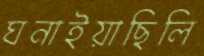
ঘনাইয়াছিলি